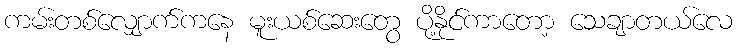
ကမ်းတစ်လျှောက်ကနေ မူးယစ်ဆေးတွေ ပို့နိုင်ကာတော့ သေချာတယ်လေ